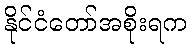
နိုင်ငံတော်အစိုးရက